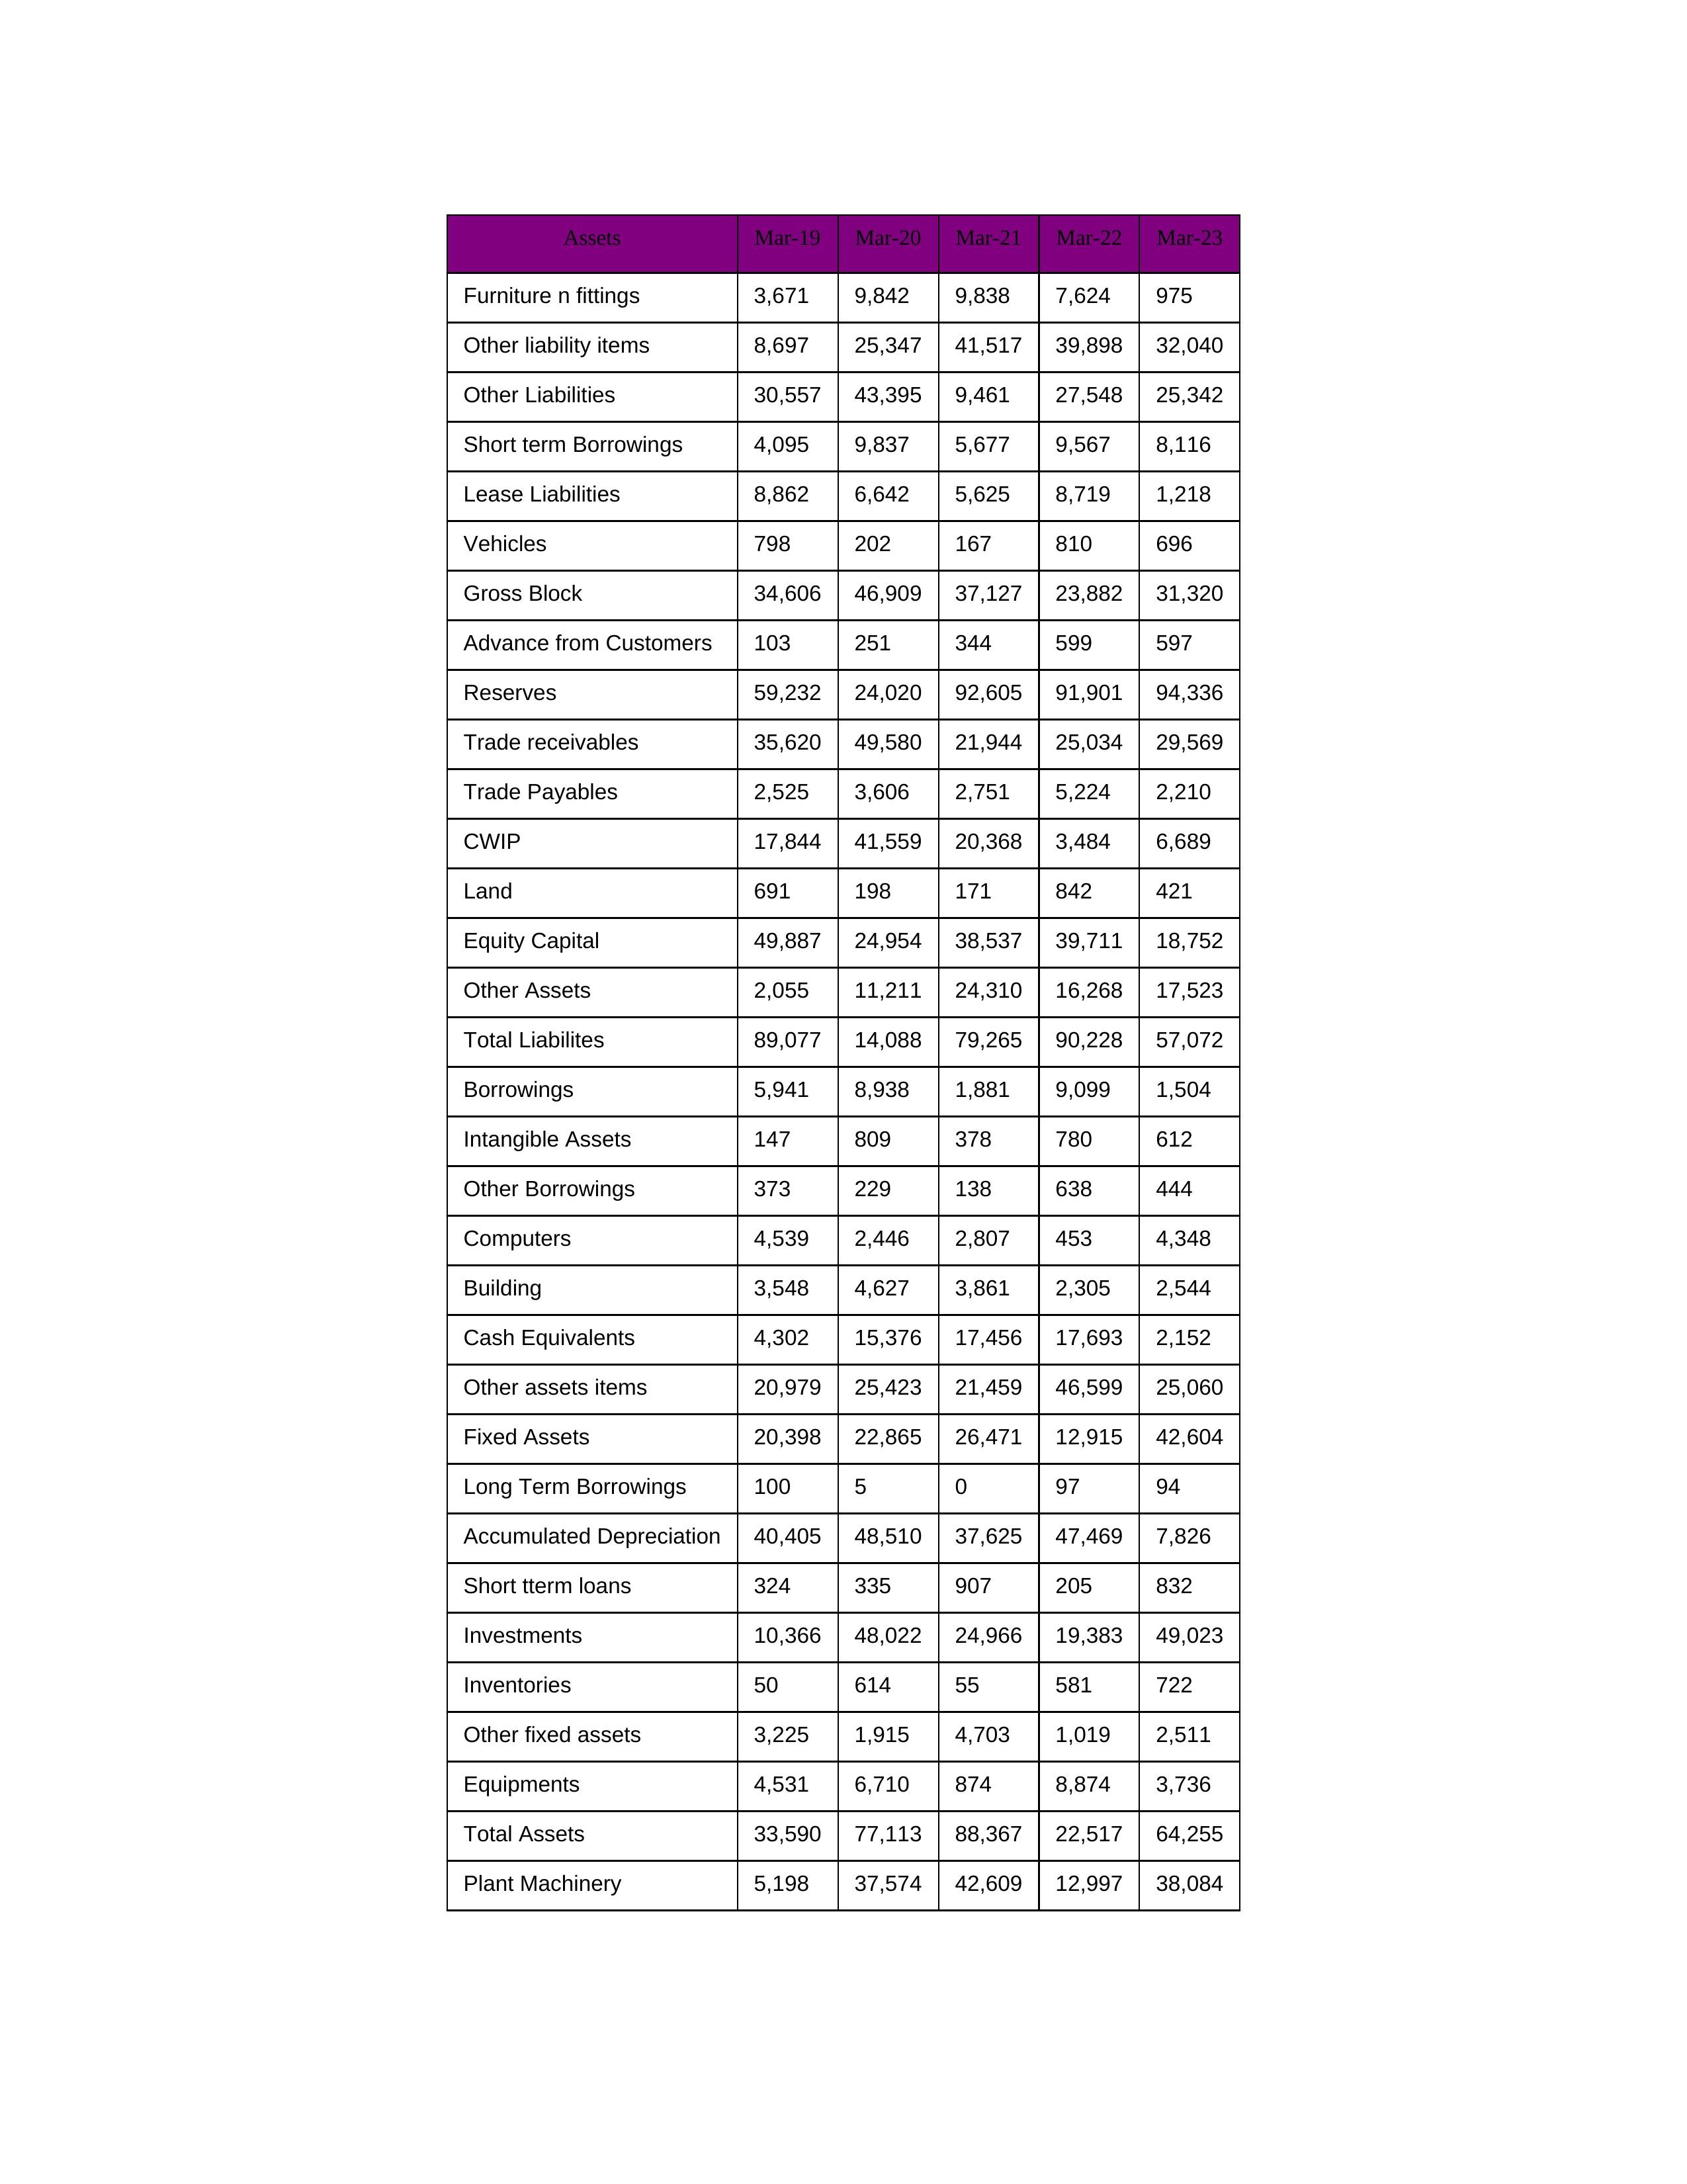
gt_parse: Mar-19: Equity Capital: 49,887
Reserves: 59,232
Borrowings: 5,941
Long Term Borrowings: 100
Short term Borrowings: 4,095
Lease Liabilities: 8,862
Other Borrowings: 373
Other Liabilities: 30,557
Trade Payables: 2,525
Advance from Customers: 103
Other liability items: 8,697
Total Liabilites: 89,077
Fixed Assets: 20,398
Land: 691
Building: 3,548
Plant Machinery: 5,198
Equipments: 4,531
Computers: 4,539
Furniture n fittings: 3,671
Vehicles: 798
Intangible Assets: 147
Other fixed assets: 3,225
Gross Block: 34,606
Accumulated Depreciation: 40,405
CWIP: 17,844
Investments: 10,366
Other Assets: 2,055
Inventories: 50
Trade receivables: 35,620
Cash Equivalents: 4,302
Short tterm loans: 324
Other assets items: 20,979
Total Assets: 33,590
Mar-20: Equity Capital: 24,954
Reserves: 24,020
Borrowings: 8,938
Long Term Borrowings: 5
Short term Borrowings: 9,837
Lease Liabilities: 6,642
Other Borrowings: 229
Other Liabilities: 43,395
Trade Payables: 3,606
Advance from Customers: 251
Other liability items: 25,347
Total Liabilites: 14,088
Fixed Assets: 22,865
Land: 198
Building: 4,627
Plant Machinery: 37,574
Equipments: 6,710
Computers: 2,446
Furniture n fittings: 9,842
Vehicles: 202
Intangible Assets: 809
Other fixed assets: 1,915
Gross Block: 46,909
Accumulated Depreciation: 48,510
CWIP: 41,559
Investments: 48,022
Other Assets: 11,211
Inventories: 614
Trade receivables: 49,580
Cash Equivalents: 15,376
Short tterm loans: 335
Other assets items: 25,423
Total Assets: 77,113
Mar-21: Equity Capital: 38,537
Reserves: 92,605
Borrowings: 1,881
Long Term Borrowings: 0
Short term Borrowings: 5,677
Lease Liabilities: 5,625
Other Borrowings: 138
Other Liabilities: 9,461
Trade Payables: 2,751
Advance from Customers: 344
Other liability items: 41,517
Total Liabilites: 79,265
Fixed Assets: 26,471
Land: 171
Building: 3,861
Plant Machinery: 42,609
Equipments: 874
Computers: 2,807
Furniture n fittings: 9,838
Vehicles: 167
Intangible Assets: 378
Other fixed assets: 4,703
Gross Block: 37,127
Accumulated Depreciation: 37,625
CWIP: 20,368
Investments: 24,966
Other Assets: 24,310
Inventories: 55
Trade receivables: 21,944
Cash Equivalents: 17,456
Short tterm loans: 907
Other assets items: 21,459
Total Assets: 88,367
Mar-22: Equity Capital: 39,711
Reserves: 91,901
Borrowings: 9,099
Long Term Borrowings: 97
Short term Borrowings: 9,567
Lease Liabilities: 8,719
Other Borrowings: 638
Other Liabilities: 27,548
Trade Payables: 5,224
Advance from Customers: 599
Other liability items: 39,898
Total Liabilites: 90,228
Fixed Assets: 12,915
Land: 842
Building: 2,305
Plant Machinery: 12,997
Equipments: 8,874
Computers: 453
Furniture n fittings: 7,624
Vehicles: 810
Intangible Assets: 780
Other fixed assets: 1,019
Gross Block: 23,882
Accumulated Depreciation: 47,469
CWIP: 3,484
Investments: 19,383
Other Assets: 16,268
Inventories: 581
Trade receivables: 25,034
Cash Equivalents: 17,693
Short tterm loans: 205
Other assets items: 46,599
Total Assets: 22,517
Mar-23: Equity Capital: 18,752
Reserves: 94,336
Borrowings: 1,504
Long Term Borrowings: 94
Short term Borrowings: 8,116
Lease Liabilities: 1,218
Other Borrowings: 444
Other Liabilities: 25,342
Trade Payables: 2,210
Advance from Customers: 597
Other liability items: 32,040
Total Liabilites: 57,072
Fixed Assets: 42,604
Land: 421
Building: 2,544
Plant Machinery: 38,084
Equipments: 3,736
Computers: 4,348
Furniture n fittings: 975
Vehicles: 696
Intangible Assets: 612
Other fixed assets: 2,511
Gross Block: 31,320
Accumulated Depreciation: 7,826
CWIP: 6,689
Investments: 49,023
Other Assets: 17,523
Inventories: 722
Trade receivables: 29,569
Cash Equivalents: 2,152
Short tterm loans: 832
Other assets items: 25,060
Total Assets: 64,255